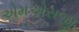
એમએસજી